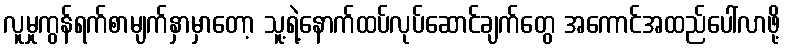
လူမှုကွန်ရက်စာမျက်နှာမှာတော့ သူ့ရဲ့နောက်ထပ်လုပ်ဆောင်ချက်တွေ အကောင်အထည်ပေါ်လာဖို့